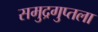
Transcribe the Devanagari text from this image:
समुद्रगुप्तला